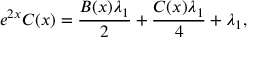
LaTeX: e ^ { 2 x } C ( x ) = \frac { B ( x ) \lambda _ { 1 } } { 2 } + \frac { C ( x ) \lambda _ { 1 } } { 4 } + \lambda _ { 1 } ,